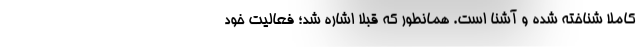
کاملا شناخته شده و آشنا است. همانطور که قبلا اشاره شد؛ فعالیت خود